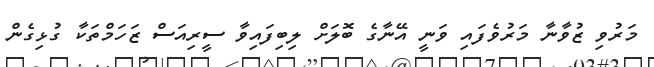
މަރުވި ޒުވާނާ މަރުވެފައި ވަނީ އޭނާގެ ބޮލަށް ލިބިފައިވާ ސީރިއަސް ޒަހަމްތަކާ ގުޅިގެން